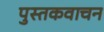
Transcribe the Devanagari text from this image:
पुस्तकवाचन